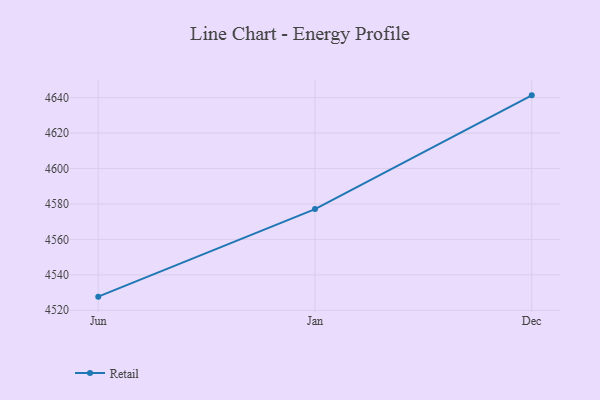
{"axis": {"x": "Month", "y": "Energy Usage (MWh)"}, "legend": ["Retail"], "data": [{"x": "Jun", "y": 4527.7, "type": "Retail"}, {"x": "Jan", "y": 4577.1, "type": "Retail"}, {"x": "Dec", "y": 4641.3, "type": "Retail"}]}